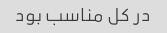
در کل مناسب بود